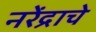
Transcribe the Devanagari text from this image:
नरेंद्राचे